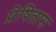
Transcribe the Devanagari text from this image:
प्रेषितास